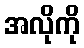
အလိုကို